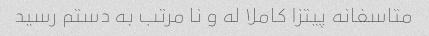
متاسفانه پیتزا کاملا له و نا مرتب به دستم رسید